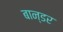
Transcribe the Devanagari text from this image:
बान्डर